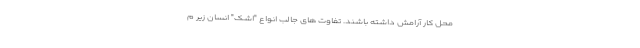
محل کار آرامش داشته باشند. تفاوت های جالب انواع "اشک" انسان زیر م